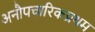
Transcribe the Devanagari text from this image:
अनौपचारिकप्रथम